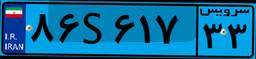
۰۳S۹۵۲۵۷